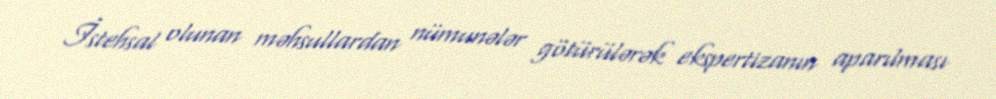
İstehsal olunan məhsullardan nümunələr götürülərək ekspertizanın aparılması